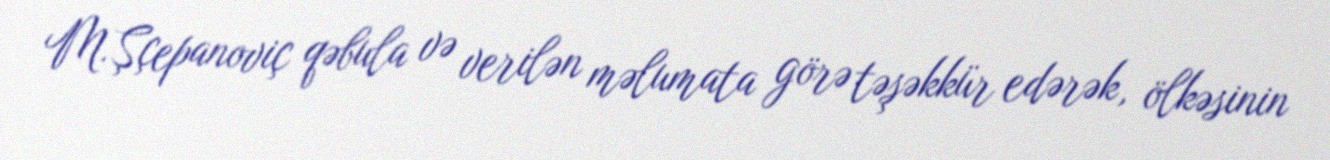
M.Şçepanoviç qəbula və verilən məlumata görə təşəkkür edərək, ölkəsinin